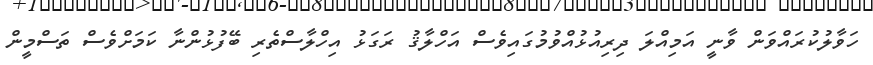
ހަވާލުކުރައްވަން ވާނީ އަމިއްލަ ދިރިއުޅުއްވުމުގައިވެސް އަހްލާޤު ރަގަޅު އިހްލާސްތެރި ބޭފުޅުންނާ ކަމަށްވެސް ތަސްމީން